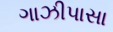
ગાઝીપાસા